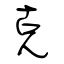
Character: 克